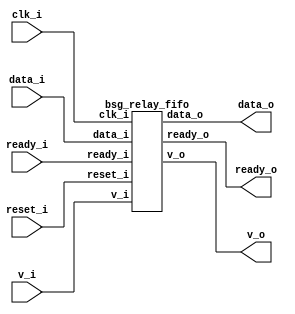


module top
(
  clk_i,
  reset_i,
  ready_o,
  data_i,
  v_i,
  v_o,
  data_o,
  ready_i
);

  input [63:0] data_i;
  output [63:0] data_o;
  input clk_i;
  input reset_i;
  input v_i;
  input ready_i;
  output ready_o;
  output v_o;

  bsg_relay_fifo
  wrapper
  (
    .data_i(data_i),
    .data_o(data_o),
    .clk_i(clk_i),
    .reset_i(reset_i),
    .v_i(v_i),
    .ready_i(ready_i),
    .ready_o(ready_o),
    .v_o(v_o)
  );


endmodule



module bsg_mem_1r1w_synth_width_p64_els_p2_read_write_same_addr_p0_harden_p0
(
  w_clk_i,
  w_reset_i,
  w_v_i,
  w_addr_i,
  w_data_i,
  r_v_i,
  r_addr_i,
  r_data_o
);

  input [0:0] w_addr_i;
  input [63:0] w_data_i;
  input [0:0] r_addr_i;
  output [63:0] r_data_o;
  input w_clk_i;
  input w_reset_i;
  input w_v_i;
  input r_v_i;
  wire [63:0] r_data_o;
  wire N0,N1,N2,N3,N4,N5,N7,N8;
  reg [127:0] mem;
  assign r_data_o[63] = (N3)? mem[63] : 
                        (N0)? mem[127] : 1'b0;
  assign N0 = r_addr_i[0];
  assign r_data_o[62] = (N3)? mem[62] : 
                        (N0)? mem[126] : 1'b0;
  assign r_data_o[61] = (N3)? mem[61] : 
                        (N0)? mem[125] : 1'b0;
  assign r_data_o[60] = (N3)? mem[60] : 
                        (N0)? mem[124] : 1'b0;
  assign r_data_o[59] = (N3)? mem[59] : 
                        (N0)? mem[123] : 1'b0;
  assign r_data_o[58] = (N3)? mem[58] : 
                        (N0)? mem[122] : 1'b0;
  assign r_data_o[57] = (N3)? mem[57] : 
                        (N0)? mem[121] : 1'b0;
  assign r_data_o[56] = (N3)? mem[56] : 
                        (N0)? mem[120] : 1'b0;
  assign r_data_o[55] = (N3)? mem[55] : 
                        (N0)? mem[119] : 1'b0;
  assign r_data_o[54] = (N3)? mem[54] : 
                        (N0)? mem[118] : 1'b0;
  assign r_data_o[53] = (N3)? mem[53] : 
                        (N0)? mem[117] : 1'b0;
  assign r_data_o[52] = (N3)? mem[52] : 
                        (N0)? mem[116] : 1'b0;
  assign r_data_o[51] = (N3)? mem[51] : 
                        (N0)? mem[115] : 1'b0;
  assign r_data_o[50] = (N3)? mem[50] : 
                        (N0)? mem[114] : 1'b0;
  assign r_data_o[49] = (N3)? mem[49] : 
                        (N0)? mem[113] : 1'b0;
  assign r_data_o[48] = (N3)? mem[48] : 
                        (N0)? mem[112] : 1'b0;
  assign r_data_o[47] = (N3)? mem[47] : 
                        (N0)? mem[111] : 1'b0;
  assign r_data_o[46] = (N3)? mem[46] : 
                        (N0)? mem[110] : 1'b0;
  assign r_data_o[45] = (N3)? mem[45] : 
                        (N0)? mem[109] : 1'b0;
  assign r_data_o[44] = (N3)? mem[44] : 
                        (N0)? mem[108] : 1'b0;
  assign r_data_o[43] = (N3)? mem[43] : 
                        (N0)? mem[107] : 1'b0;
  assign r_data_o[42] = (N3)? mem[42] : 
                        (N0)? mem[106] : 1'b0;
  assign r_data_o[41] = (N3)? mem[41] : 
                        (N0)? mem[105] : 1'b0;
  assign r_data_o[40] = (N3)? mem[40] : 
                        (N0)? mem[104] : 1'b0;
  assign r_data_o[39] = (N3)? mem[39] : 
                        (N0)? mem[103] : 1'b0;
  assign r_data_o[38] = (N3)? mem[38] : 
                        (N0)? mem[102] : 1'b0;
  assign r_data_o[37] = (N3)? mem[37] : 
                        (N0)? mem[101] : 1'b0;
  assign r_data_o[36] = (N3)? mem[36] : 
                        (N0)? mem[100] : 1'b0;
  assign r_data_o[35] = (N3)? mem[35] : 
                        (N0)? mem[99] : 1'b0;
  assign r_data_o[34] = (N3)? mem[34] : 
                        (N0)? mem[98] : 1'b0;
  assign r_data_o[33] = (N3)? mem[33] : 
                        (N0)? mem[97] : 1'b0;
  assign r_data_o[32] = (N3)? mem[32] : 
                        (N0)? mem[96] : 1'b0;
  assign r_data_o[31] = (N3)? mem[31] : 
                        (N0)? mem[95] : 1'b0;
  assign r_data_o[30] = (N3)? mem[30] : 
                        (N0)? mem[94] : 1'b0;
  assign r_data_o[29] = (N3)? mem[29] : 
                        (N0)? mem[93] : 1'b0;
  assign r_data_o[28] = (N3)? mem[28] : 
                        (N0)? mem[92] : 1'b0;
  assign r_data_o[27] = (N3)? mem[27] : 
                        (N0)? mem[91] : 1'b0;
  assign r_data_o[26] = (N3)? mem[26] : 
                        (N0)? mem[90] : 1'b0;
  assign r_data_o[25] = (N3)? mem[25] : 
                        (N0)? mem[89] : 1'b0;
  assign r_data_o[24] = (N3)? mem[24] : 
                        (N0)? mem[88] : 1'b0;
  assign r_data_o[23] = (N3)? mem[23] : 
                        (N0)? mem[87] : 1'b0;
  assign r_data_o[22] = (N3)? mem[22] : 
                        (N0)? mem[86] : 1'b0;
  assign r_data_o[21] = (N3)? mem[21] : 
                        (N0)? mem[85] : 1'b0;
  assign r_data_o[20] = (N3)? mem[20] : 
                        (N0)? mem[84] : 1'b0;
  assign r_data_o[19] = (N3)? mem[19] : 
                        (N0)? mem[83] : 1'b0;
  assign r_data_o[18] = (N3)? mem[18] : 
                        (N0)? mem[82] : 1'b0;
  assign r_data_o[17] = (N3)? mem[17] : 
                        (N0)? mem[81] : 1'b0;
  assign r_data_o[16] = (N3)? mem[16] : 
                        (N0)? mem[80] : 1'b0;
  assign r_data_o[15] = (N3)? mem[15] : 
                        (N0)? mem[79] : 1'b0;
  assign r_data_o[14] = (N3)? mem[14] : 
                        (N0)? mem[78] : 1'b0;
  assign r_data_o[13] = (N3)? mem[13] : 
                        (N0)? mem[77] : 1'b0;
  assign r_data_o[12] = (N3)? mem[12] : 
                        (N0)? mem[76] : 1'b0;
  assign r_data_o[11] = (N3)? mem[11] : 
                        (N0)? mem[75] : 1'b0;
  assign r_data_o[10] = (N3)? mem[10] : 
                        (N0)? mem[74] : 1'b0;
  assign r_data_o[9] = (N3)? mem[9] : 
                       (N0)? mem[73] : 1'b0;
  assign r_data_o[8] = (N3)? mem[8] : 
                       (N0)? mem[72] : 1'b0;
  assign r_data_o[7] = (N3)? mem[7] : 
                       (N0)? mem[71] : 1'b0;
  assign r_data_o[6] = (N3)? mem[6] : 
                       (N0)? mem[70] : 1'b0;
  assign r_data_o[5] = (N3)? mem[5] : 
                       (N0)? mem[69] : 1'b0;
  assign r_data_o[4] = (N3)? mem[4] : 
                       (N0)? mem[68] : 1'b0;
  assign r_data_o[3] = (N3)? mem[3] : 
                       (N0)? mem[67] : 1'b0;
  assign r_data_o[2] = (N3)? mem[2] : 
                       (N0)? mem[66] : 1'b0;
  assign r_data_o[1] = (N3)? mem[1] : 
                       (N0)? mem[65] : 1'b0;
  assign r_data_o[0] = (N3)? mem[0] : 
                       (N0)? mem[64] : 1'b0;
  assign N5 = ~w_addr_i[0];
  assign { N8, N7 } = (N1)? { w_addr_i[0:0], N5 } : 
                      (N2)? { 1'b0, 1'b0 } : 1'b0;
  assign N1 = w_v_i;
  assign N2 = N4;
  assign N3 = ~r_addr_i[0];
  assign N4 = ~w_v_i;

  always @(posedge w_clk_i) begin
    if(N8) begin
      { mem[127:64] } <= { w_data_i[63:0] };
    end 
    if(N7) begin
      { mem[63:0] } <= { w_data_i[63:0] };
    end 
  end


endmodule



module bsg_mem_1r1w_width_p64_els_p2_read_write_same_addr_p0
(
  w_clk_i,
  w_reset_i,
  w_v_i,
  w_addr_i,
  w_data_i,
  r_v_i,
  r_addr_i,
  r_data_o
);

  input [0:0] w_addr_i;
  input [63:0] w_data_i;
  input [0:0] r_addr_i;
  output [63:0] r_data_o;
  input w_clk_i;
  input w_reset_i;
  input w_v_i;
  input r_v_i;
  wire [63:0] r_data_o;

  bsg_mem_1r1w_synth_width_p64_els_p2_read_write_same_addr_p0_harden_p0
  synth
  (
    .w_clk_i(w_clk_i),
    .w_reset_i(w_reset_i),
    .w_v_i(w_v_i),
    .w_addr_i(w_addr_i[0]),
    .w_data_i(w_data_i),
    .r_v_i(r_v_i),
    .r_addr_i(r_addr_i[0]),
    .r_data_o(r_data_o)
  );


endmodule



module bsg_two_fifo_width_p64
(
  clk_i,
  reset_i,
  ready_o,
  data_i,
  v_i,
  v_o,
  data_o,
  yumi_i
);

  input [63:0] data_i;
  output [63:0] data_o;
  input clk_i;
  input reset_i;
  input v_i;
  input yumi_i;
  output ready_o;
  output v_o;
  wire [63:0] data_o;
  wire ready_o,v_o,N0,N1,enq_i,n_0_net_,N2,N3,N4,N5,N6,N7,N8,N9,N10,N11,N12,N13,N14,
  N15,N16,N17,N18,N19,N20,N21,N22,N23,N24;
  reg full_r,tail_r,head_r,empty_r;

  bsg_mem_1r1w_width_p64_els_p2_read_write_same_addr_p0
  mem_1r1w
  (
    .w_clk_i(clk_i),
    .w_reset_i(reset_i),
    .w_v_i(enq_i),
    .w_addr_i(tail_r),
    .w_data_i(data_i),
    .r_v_i(n_0_net_),
    .r_addr_i(head_r),
    .r_data_o(data_o)
  );

  assign N9 = (N0)? 1'b1 : 
              (N1)? N5 : 1'b0;
  assign N0 = N3;
  assign N1 = N2;
  assign N10 = (N0)? 1'b0 : 
               (N1)? N4 : 1'b0;
  assign N11 = (N0)? 1'b1 : 
               (N1)? yumi_i : 1'b0;
  assign N12 = (N0)? 1'b0 : 
               (N1)? N6 : 1'b0;
  assign N13 = (N0)? 1'b1 : 
               (N1)? N7 : 1'b0;
  assign N14 = (N0)? 1'b0 : 
               (N1)? N8 : 1'b0;
  assign n_0_net_ = ~empty_r;
  assign v_o = ~empty_r;
  assign ready_o = ~full_r;
  assign enq_i = v_i & N15;
  assign N15 = ~full_r;
  assign N2 = ~reset_i;
  assign N3 = reset_i;
  assign N5 = enq_i;
  assign N4 = ~tail_r;
  assign N6 = ~head_r;
  assign N7 = N17 | N19;
  assign N17 = empty_r & N16;
  assign N16 = ~enq_i;
  assign N19 = N18 & N16;
  assign N18 = N15 & yumi_i;
  assign N8 = N23 | N24;
  assign N23 = N21 & N22;
  assign N21 = N20 & enq_i;
  assign N20 = ~empty_r;
  assign N22 = ~yumi_i;
  assign N24 = full_r & N22;

  always @(posedge clk_i) begin
    if(1'b1) begin
      full_r <= N14;
      empty_r <= N13;
    end 
    if(N9) begin
      tail_r <= N10;
    end 
    if(N11) begin
      head_r <= N12;
    end 
  end


endmodule



module bsg_relay_fifo
(
  clk_i,
  reset_i,
  ready_o,
  data_i,
  v_i,
  v_o,
  data_o,
  ready_i
);

  input [63:0] data_i;
  output [63:0] data_o;
  input clk_i;
  input reset_i;
  input v_i;
  input ready_i;
  output ready_o;
  output v_o;
  wire [63:0] data_o;
  wire ready_o,v_o,yumi;

  bsg_two_fifo_width_p64
  two_fifo
  (
    .clk_i(clk_i),
    .reset_i(reset_i),
    .ready_o(ready_o),
    .data_i(data_i),
    .v_i(v_i),
    .v_o(v_o),
    .data_o(data_o),
    .yumi_i(yumi)
  );

  assign yumi = ready_i & v_o;

endmodule